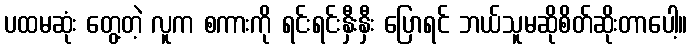
ပထမဆုံး တွေ့တဲ့ လူက စကားကို ရင်းရင်းနှီးနှီး ပြောရင် ဘယ်သူမဆိုစိတ်ဆိုးတာပေါ့။